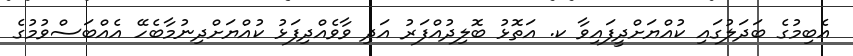
އެބިމުގެ ބަދަލުގައި ކުއްޔަށްދީފައިވާ ކ. އަތޮޅު ބޮލިދުއްފަރު އަދި ވާވެއްދިފަޅު ކުއްޔަށްދިނުމާބެހޭ އެއްބަސްވުމުގެ